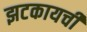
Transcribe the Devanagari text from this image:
झटकायची